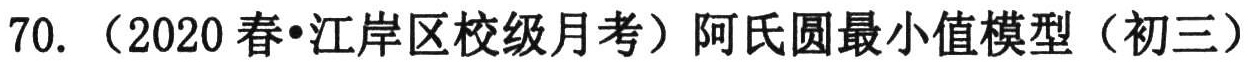
70. （2020春•江岸区校级月考）阿氏圆最小值模型（初三）